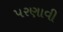
પરણાવી